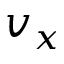
v _ { x }